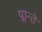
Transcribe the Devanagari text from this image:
प्लान्ते